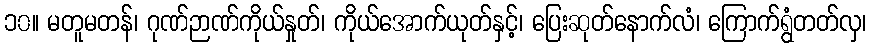
၁၀။ မတူမတန်၊ ဂုဏ်ဉာဏ်ကိုယ်နှုတ်၊ ကိုယ်အောက်ယုတ်နှင့်၊ ပြေးဆုတ်နောက်လံ၊ ကြောက်ရွံတတ်လှ၊